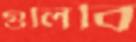
গুলিবি